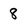
Character: 8